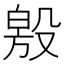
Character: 𣪧